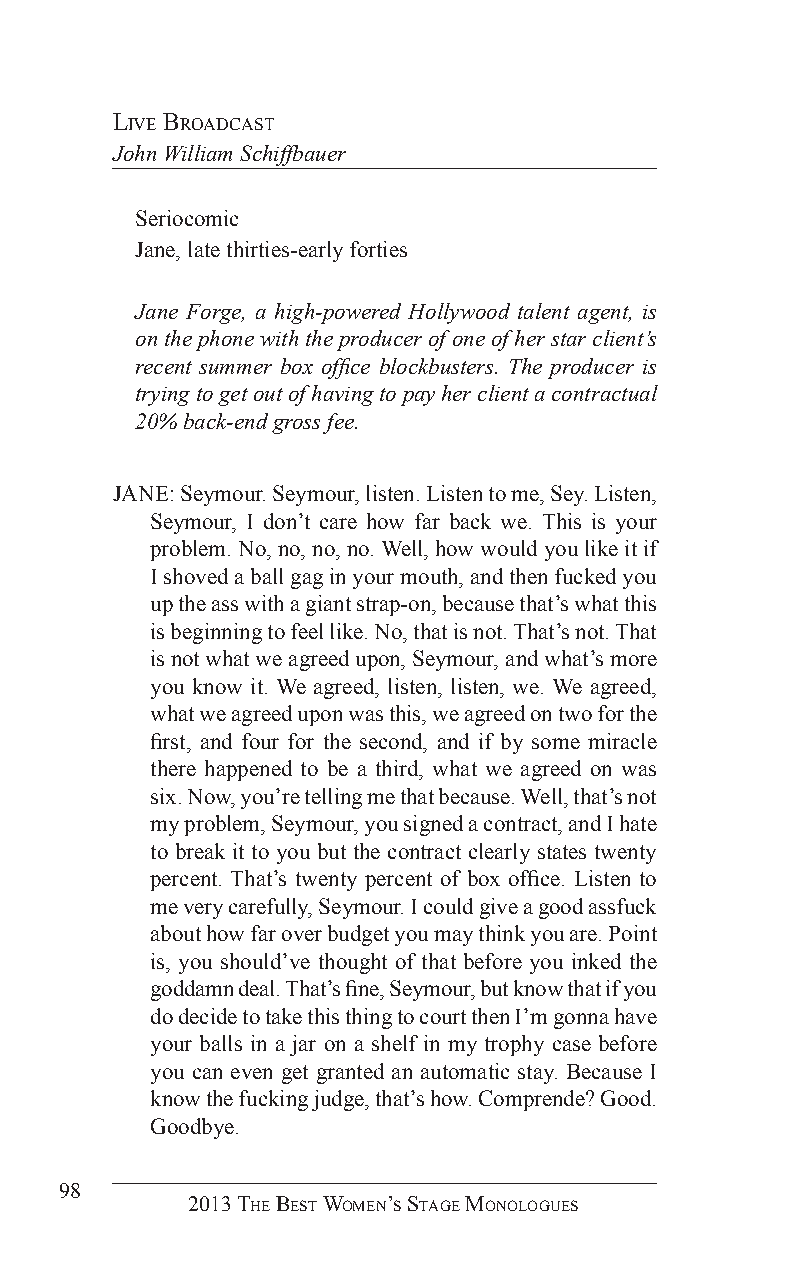
live BroadCasT
 John William Schiffbauer
 Seriocomic
 Jane, late thirties-early forties
 Jane Forge, a high-powered Hollywood talent agent, is
 on the phone with the producer of one of her star client’s
 recent summer box office blockbusters. The producer is
 trying to get out of having to pay her client a contractual
 20% back-end gross fee.
 JANE: Seymour. Seymour, listen. Listen to me, Sey. Listen,
 Seymour, I don’t care how far back we. This is your
 problem. No, no, no, no. Well, how would you like it if
 I shoved a ball gag in your mouth, and then fucked you
 up the ass with a giant strap-on, because that’s what this
 is beginning to feel like. No, that is not. That’s not. That
 is not what we agreed upon, Seymour, and what’s more
 you know it. We agreed, listen, listen, we. We agreed,
 what we agreed upon was this, we agreed on two for the
 first, and four for the second, and if by some miracle
 there happened to be a third, what we agreed on was
 six. Now, you’re telling me that because. Well, that’s not
 my problem, Seymour, you signed a contract, and I hate
 to break it to you but the contract clearly states twenty
 percent. That’s twenty percent of box office. Listen to
 me very carefully, Seymour. I could give a good assfuck
 about how far over budget you may think you are. Point
 is, you should’ve thought of that before you inked the
 goddamn deal. That’s fine, Seymour, but know that if you
 do decide to take this thing to court then I’m gonna have
 your balls in a jar on a shelf in my trophy case before
 you can even get granted an automatic stay. Because I
 know the fucking judge, that’s how. Comprende? Good.
 Goodbye.
 98
 2013 The BesT Women’s sTage monologues